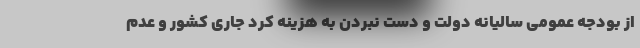
از بودجه عمومی سالیانه دولت و دست نبردن به هزینه کرد جاری کشور و عدم